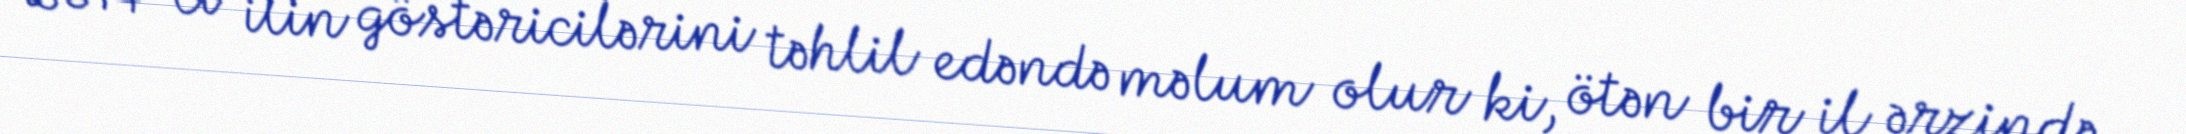
2014-ci ilin göstəricilərini təhlil edəndə məlum olur ki, ötən bir il ərzində,